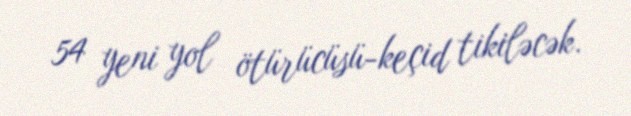
54 yeni yol ötürücüsü-keçid tikiləcək.